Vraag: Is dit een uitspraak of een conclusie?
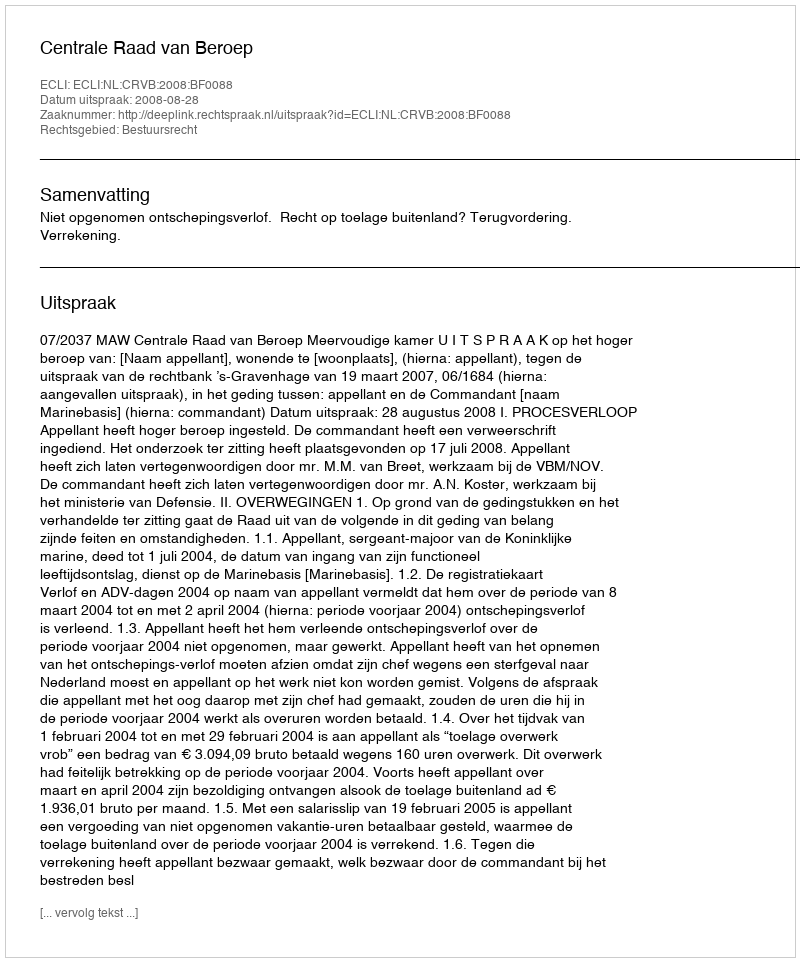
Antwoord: Uitspraak